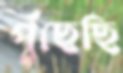
পুঁছেছি